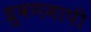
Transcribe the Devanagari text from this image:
ध्रुवणमापी